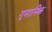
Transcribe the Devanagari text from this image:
गूमानिक